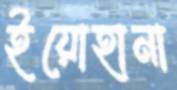
ইয়োহানা